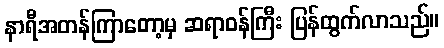
နာရီအတန်ကြာတော့မှ ဆရာဝန်ကြီး ပြန်ထွက်လာသည်။